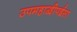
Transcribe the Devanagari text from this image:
उपमहाद्वीपईसा